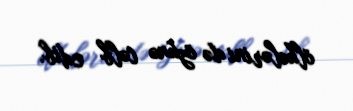
ölkələrini də özünə cəlb edib.